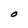
Character: O